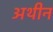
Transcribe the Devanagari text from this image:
अथीन